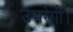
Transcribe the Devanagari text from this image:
उभरेगी।